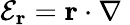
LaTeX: {\mathcal E}_{\mathbf r}={\mathbf r}\cdot{\mathbf\nabla}\;